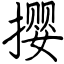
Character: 撄